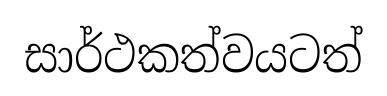
සාර්ථකත්වයටත්